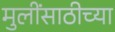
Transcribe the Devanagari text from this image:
मुलींसाठीच्या